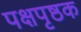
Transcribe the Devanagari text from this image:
पक्षपृष्ठक